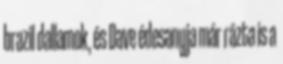
brazil dallamok, és Dave édesanyja már rázta is a